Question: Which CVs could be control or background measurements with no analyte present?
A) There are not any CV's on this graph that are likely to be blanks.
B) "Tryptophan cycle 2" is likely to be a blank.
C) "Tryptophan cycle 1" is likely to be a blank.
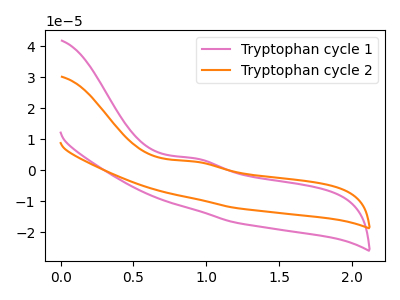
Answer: <think>The pink curve "Tryptophan cycle 1" has an anodic peak at: (0.90V, 3.80uA). The orange curve "Tryptophan cycle 2" has an anodic peak at: (0.90V, 2.75uA).</think>
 <answer>A) There are not any CV's on this graph that are likely to be blanks.</answer>
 <eval>A</eval>